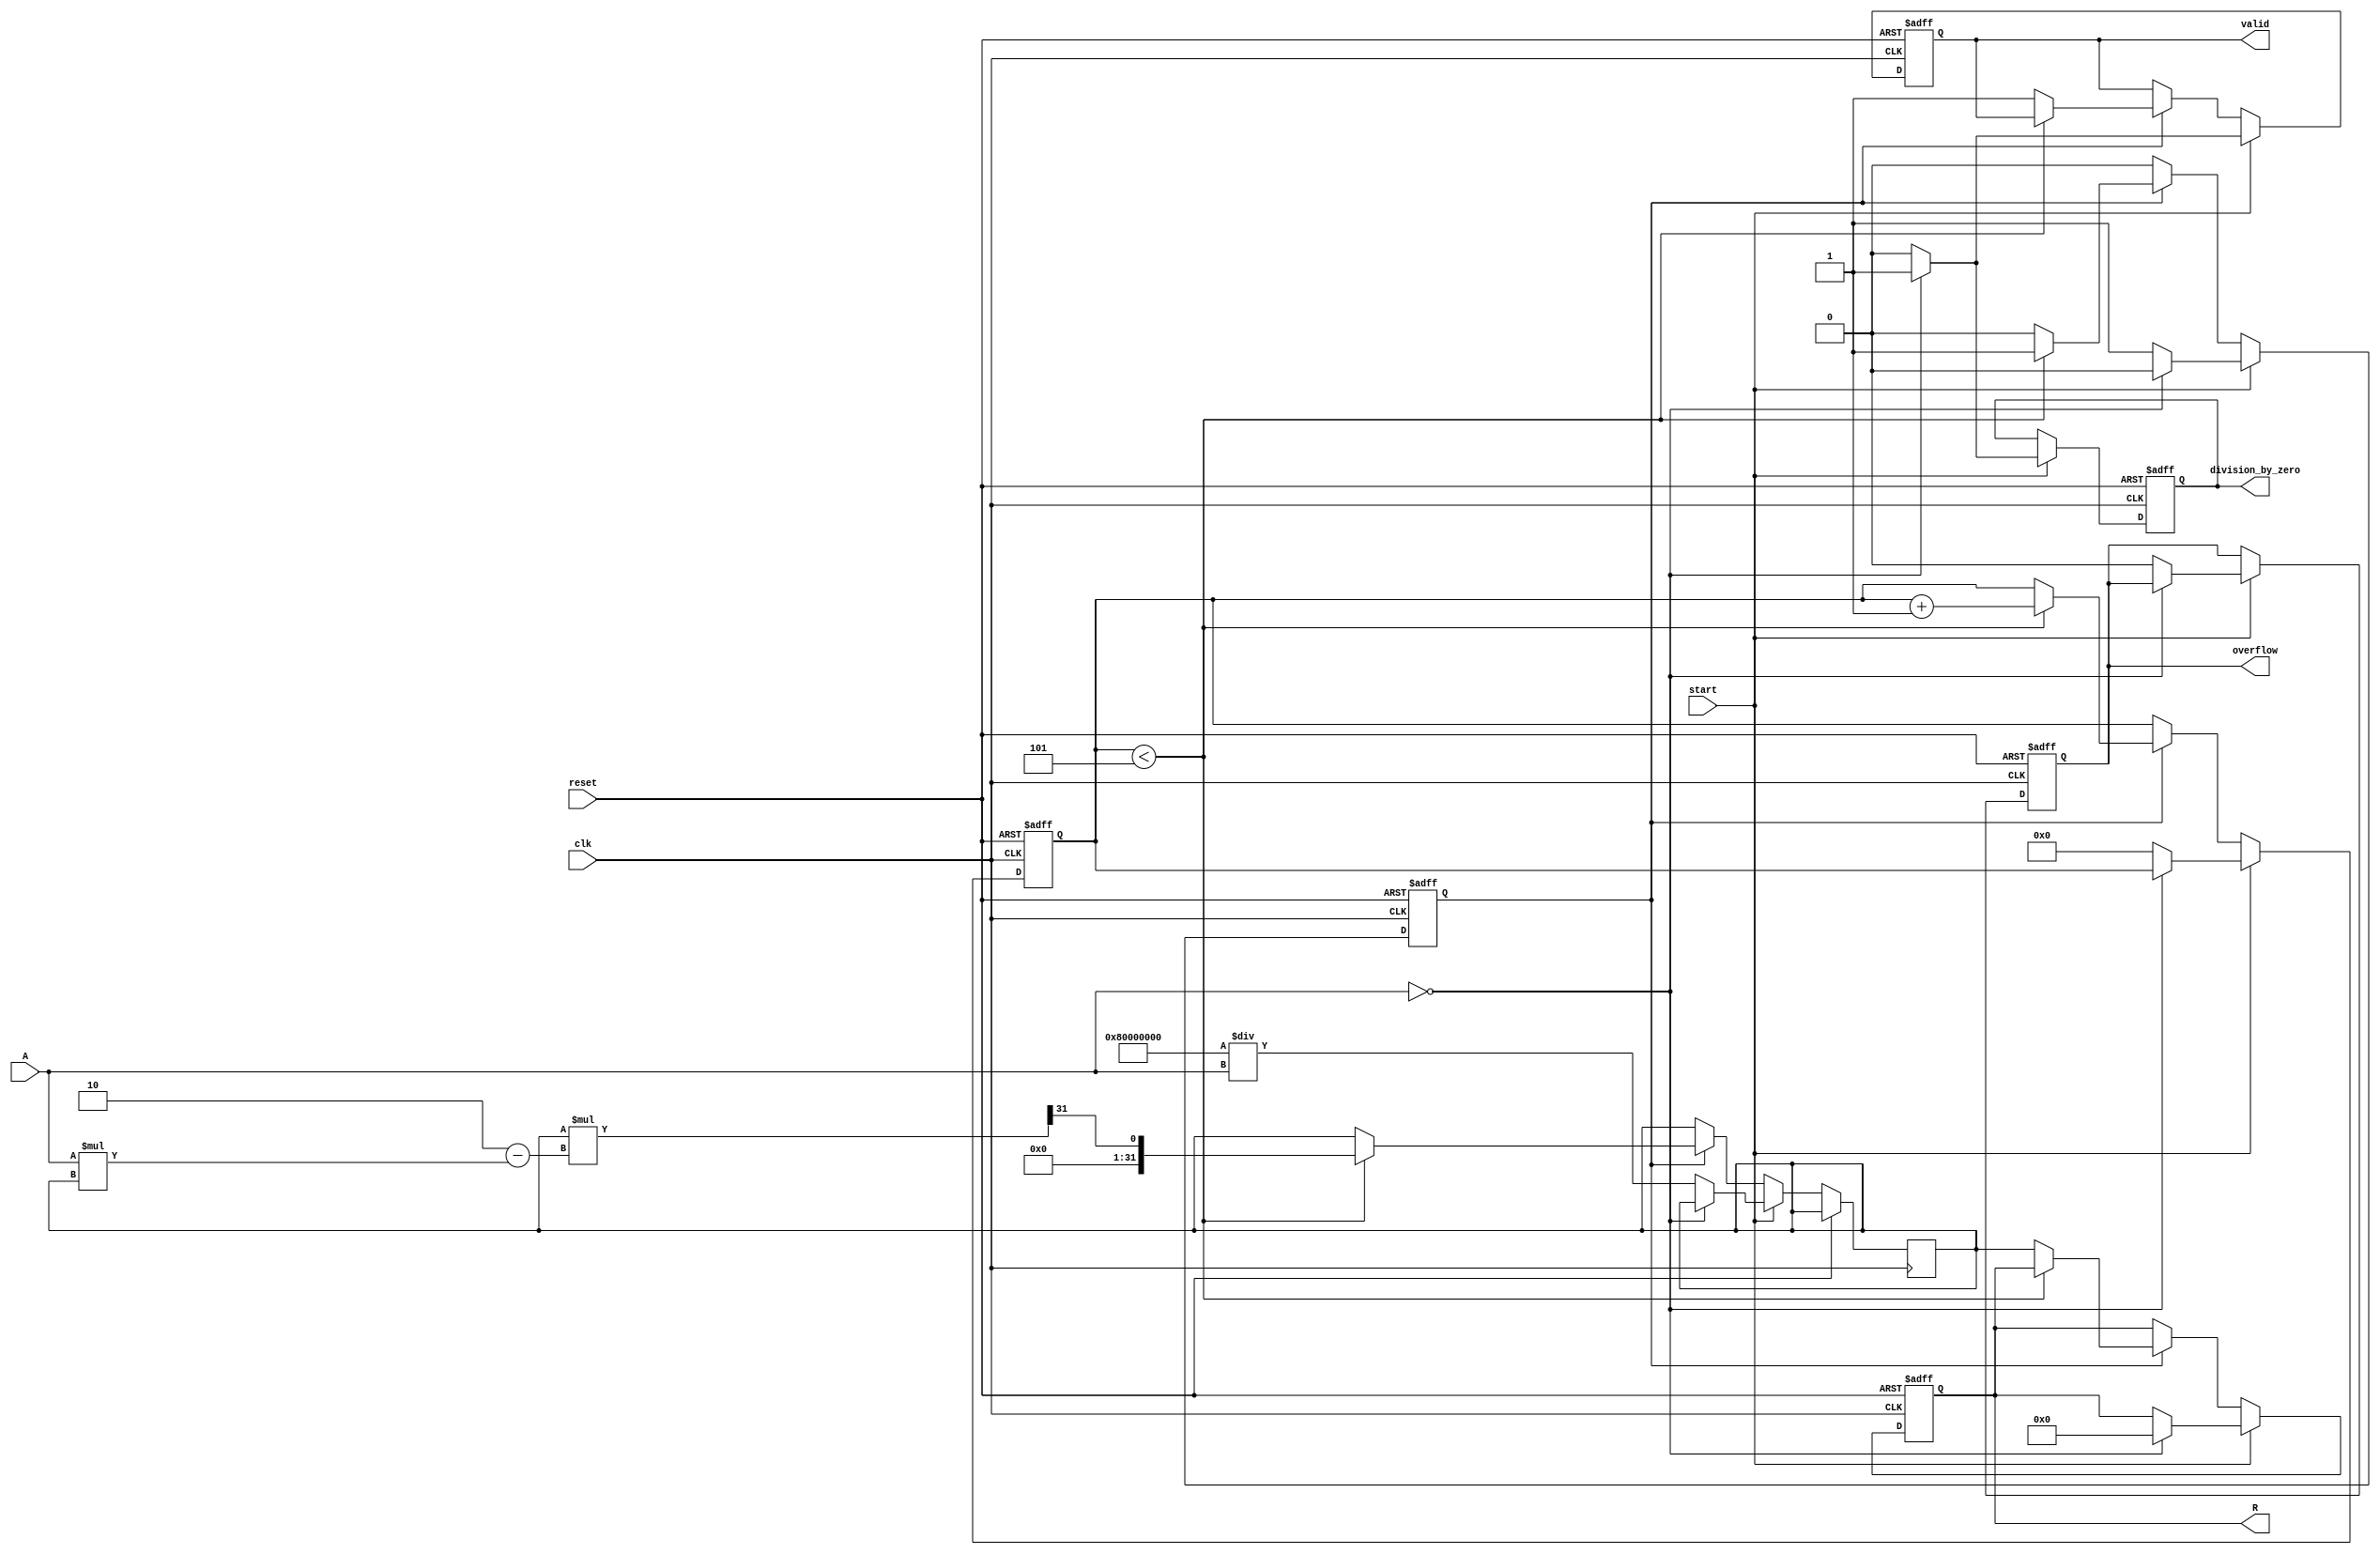
module BitwiseReciprocal (
    input wire [15:0] A,          // Input Data
    input wire clk,               // Clock signal
    input wire start,             // Start signal
    input wire reset,             // Reset signal
    output reg [31:0] R,          // Reciprocal Output
    output reg valid,             // Valid output flag
    output reg division_by_zero,  // Division by zero flag
    output reg overflow           // Overflow flag
);

    reg [31:0] x;              // Current approximation of reciprocal
    reg [4:0] iteration_count; // Iteration counter
    reg in_process;            // Indicates if the calculation is in progress

    initial begin
        R = 0;
        valid = 0;
        division_by_zero = 0;
        overflow = 0;
        iteration_count = 0;
        in_process = 0;
    end

    always @(posedge clk or posedge reset) begin
        if (reset) begin
            R <= 0;
            valid <= 0;
            division_by_zero <= 0;
            overflow <= 0;
            iteration_count <= 0;
            in_process <= 0;
        end else if (start) begin
            if (A == 0) begin
                division_by_zero <= 1; // Handle division by zero
                R <= 32'b0;
                valid <= 1;
                in_process <= 0;
            end else begin
                // Normalize input to the range [0.5, 1.0]
                x <= (1 << 31) / A; // Initial approximation, 1 << 31 is 2^31
                valid <= 0;
                division_by_zero <= 0;
                overflow <= 0;
                iteration_count <= 0;
                in_process <= 1;
            end
        end else if (in_process) begin
            // Iterative refinement of approximation
            if (iteration_count < 5) begin // 5 iterations for convergence
                x <= x * (2 - A * x) >> 31; // Newton-Raphson iteration
                iteration_count <= iteration_count + 1;
            end else begin
                R <= x; // Output the final result
                valid <= 1; // Set valid flag
                in_process <= 0; // End process
            end
        end
    end
endmodule